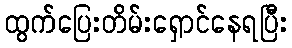
ထွက်ပြေးတိမ်းရှောင်နေရပြီး